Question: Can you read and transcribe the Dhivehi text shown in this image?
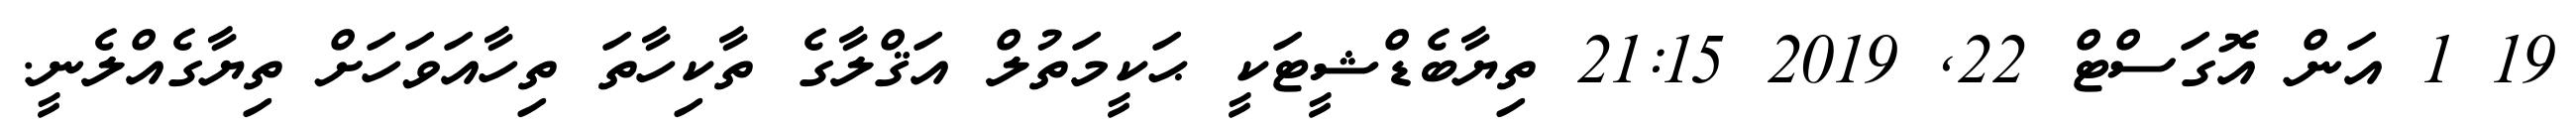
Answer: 19 1 އަން އޮގަސްޓް 22, 2019 21:15 ތިޔާބެޑްޝީޓަކީ ޙަކީމަތުލް އަޤްލާގެ ތާކިހާތަ ތިހާއަވަހަށް ތިޔާގެއްލެނީ.